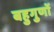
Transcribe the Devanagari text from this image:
बहुगुणों